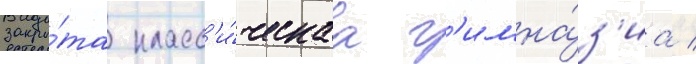
закры́та класс'и́ческаа г'имна́з'иа /